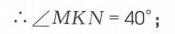
\(\therefore\angle MKN = 40^{\circ}\);